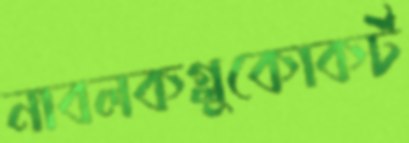
নাবলকগ্লুকোকর্ট